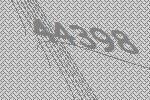
44398